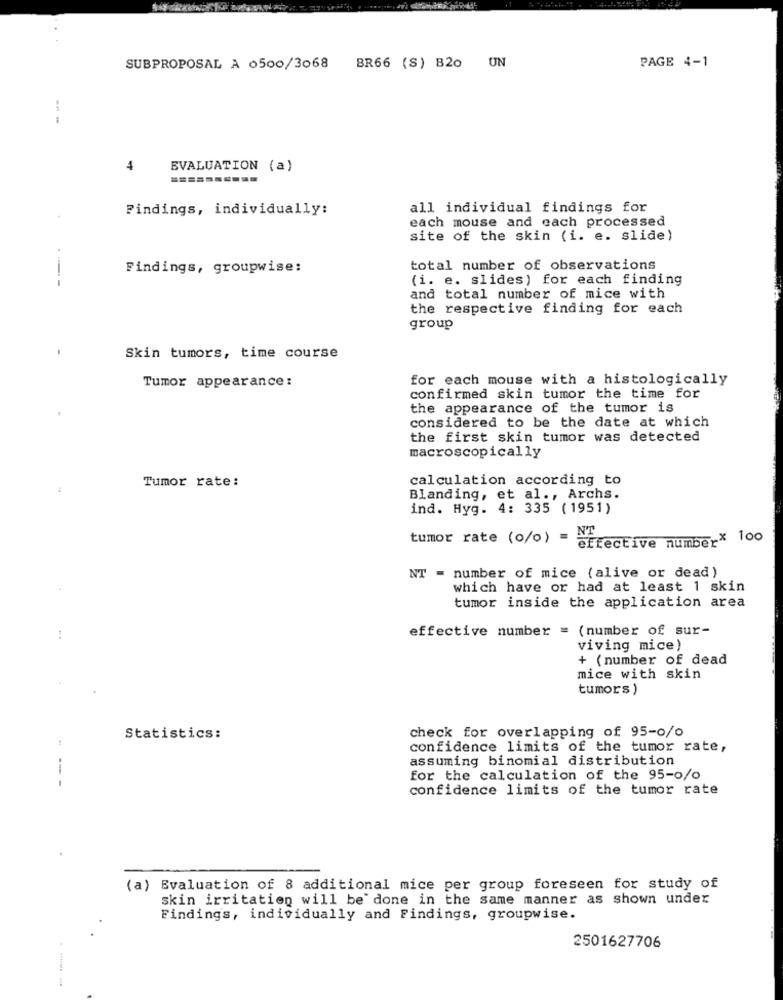
PAGE 4-1
SUBPROPOSAL A 0500/3068
BR66 (S) B20 UN
--
4
EVALUATION (a)
Findings, individually:
all individual findings for
each mouse and each processed
site of the skin (i. e. slide)
Findings, groupwise:
total number of observations
---
(i. e. slides) for each finding
and total number of mice with
the respective finding for each
group
Skin tumors, time course
Tumor appearance:
for each mouse with a histologically
confirmed skin tumor the time for
the appearance of the tumor is
considered to be the date at which
the first skin tumor was detected
macroscopically
Tumor rate:
calculation according to
Blanding, et al ., Archs.
ind. Hyg. 4: 335 (1951)
tumor rate (o/o) = NT
effective numberx 100
NT = number of mice (alive or dead)
which have or had at least 1 skin
tumor inside the application area
effective number = (number of sur-
viving mice)
+ (number of dead
mice with skin
tumors )
check for overlapping of 95-o/o
Statistics:
confidence limits of the tumor rate,
assuming binomial distribution
for the calculation of the 95-0/o
confidence limits of the tumor rate
(a) Evaluation of 8 additional mice per group foreseen for study of
skin irritation will be done in the same manner as shown under
Findings, individually and Findings, groupwise.
2501627706